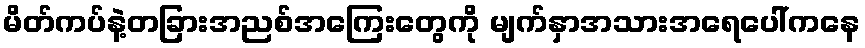
မိတ်ကပ်နဲ့တခြားအညစ်အကြေးတွေကို မျက်နှာအသားအရေပေါ်ကနေ